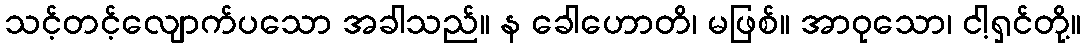
သင့်တင့်လျောက်ပသော အခါသည်။ န ခေါဟောတိ၊ မဖြစ်။ အာဝုသော၊ ငါ့ရှင်တို့။